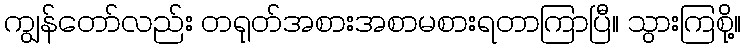
ကျွန်တော်လည်း တရုတ်အစားအစာမစားရတာကြာပြီ။ သွားကြစို့။